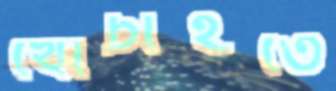
খোঁচাইতে